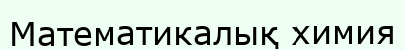
Математикалық химия